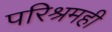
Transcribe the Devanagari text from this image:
परिश्रमही